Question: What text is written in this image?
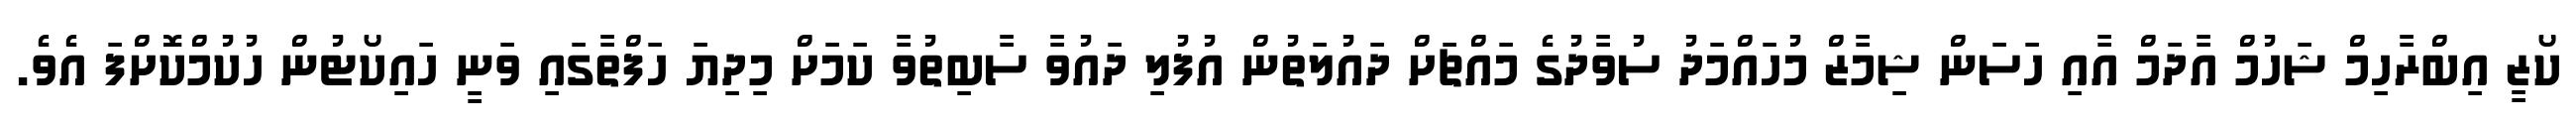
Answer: ކޯޒީ އިބްރާހިމް ޝަހުމް އާދަމް އާއި ހަސަން ޝިމާޒް މުހައްމަދު ސުވާދުގެ މައްޗަށް ދައުލަތުން އުފުލި ދައުވާ ސާބިތުވާ ކަމަށް މިދިޔަ ހަފްތާގައި ވަނީ ހައިކޯޓުން ހުކުމްކޮށްފަ އެވެ.